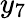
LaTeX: y_{7}